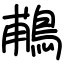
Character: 鵏